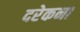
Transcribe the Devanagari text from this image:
दरेकना